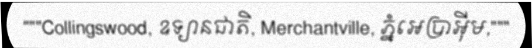
"""Collingswood, ឧទ្យានជាតិ, Merchantville, ភ្នំអេប្រាអ៊ីម,"""